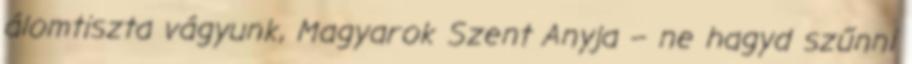
álomtiszta vágyunk, Magyarok Szent Anyja – ne hagyd szűnni